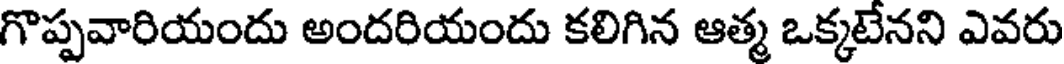
గొప్పవారియందు అందరియందు కలిగిన ఆత్మ ఒక్కటేనని ఎవరు